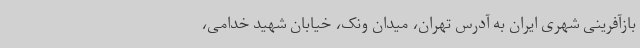
بازآفرینی شهری ایران به آدرس تهران، میدان ونک، خیابان شهید خدامی،